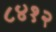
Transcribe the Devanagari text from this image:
८४१२